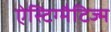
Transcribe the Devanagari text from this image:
ऐस्टिग्मैटिज्म